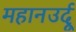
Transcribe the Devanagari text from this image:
महानउर्दू